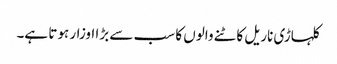
کلہاڑی ناریل کاٹنے والوں کا سب سے بڑا اوزار ہوتا ہے۔